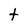
Character: t